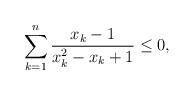
LaTeX: \begin{align*}\sum_{k=1}^{n} \frac{x_k-1}{x_k^2-x_k+1} \le 0,\end{align*}